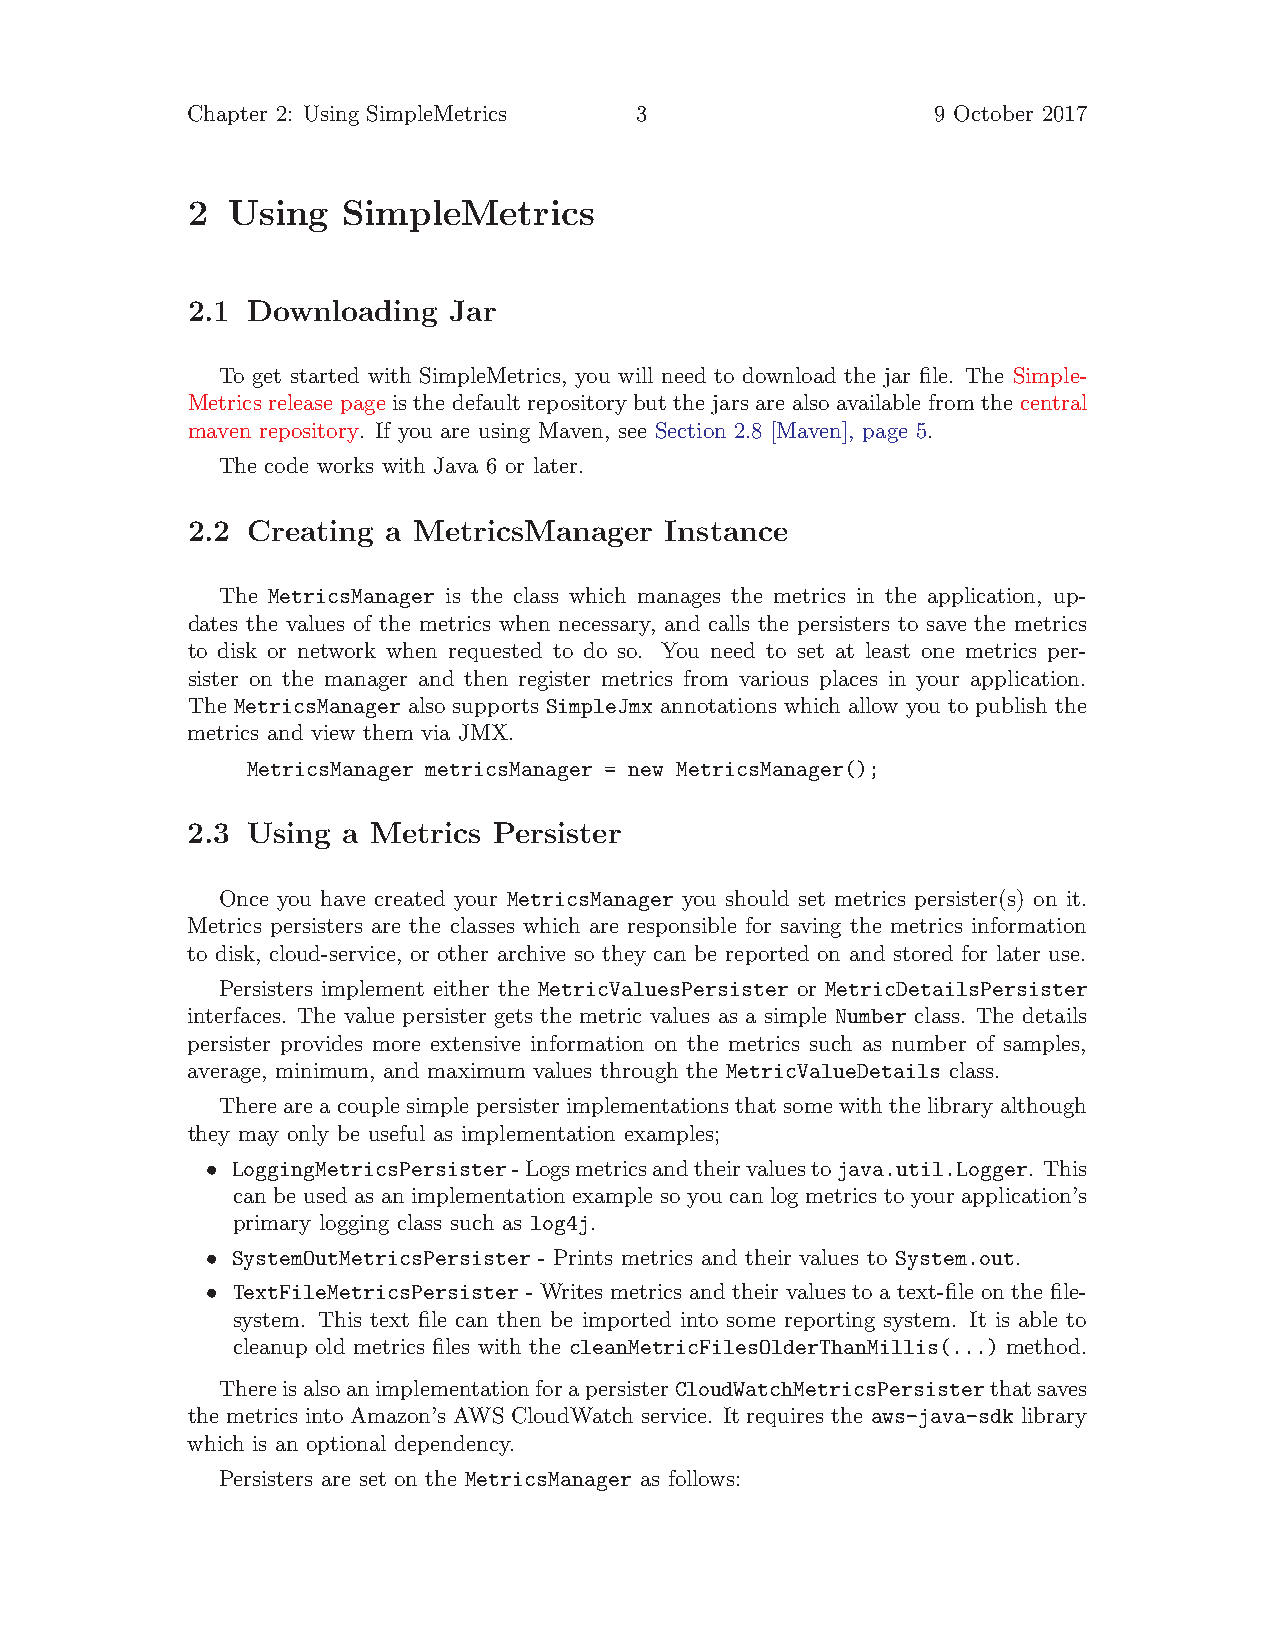
Chapter 2: Using SimpleMetrics 3                  9 October 2017
 2  Using   SimpleMetrics
 2.1 Downloading   Jar
 To get started with SimpleMetrics, you will need to download the jar file. The Simple-
 Metrics release page is the default repository but the jars are also available from the central
 maven repository. If you are using Maven, see Section 2.8 [Maven], page 5.
 The code works with Java 6 or later.
 2.2 Creating  a MetricsManager  Instance
 The MetricsManager is the class which manages the metrics in the application, up-
 dates the values of the metrics when necessary, and calls the persisters to save the metrics
 to disk or network when requested to do so. You need to set at least one metrics per-
 sister on the manager and then register metrics from various places in your application.
 The MetricsManager also supports SimpleJmx annotations which allow you to publish the
 metrics and view them via JMX.
 MetricsManager metricsManager = new MetricsManager();
 2.3 Using  a Metrics Persister
 Once you have created your MetricsManager you should set metrics persister(s) on it.
 Metrics persisters are the classes which are responsible for saving the metrics information
 to disk, cloud-service, or other archive so they can be reported on and stored for later use.
 Persisters implement either the MetricValuesPersister or MetricDetailsPersister
 interfaces. The value persister gets the metric values as a simple Number class. The details
 persister provides more extensive information on the metrics such as number of samples,
 average, minimum, and maximum values through the MetricValueDetails class.
 Thereareacouplesimplepersisterimplementationsthatsomewiththelibraryalthough
 they may only be useful as implementation examples;
 • LoggingMetricsPersister-Logsmetricsandtheirvaluestojava.util.Logger. This
 can be used as an implementation example so you can log metrics to your application’s
 primary logging class such as log4j.
 • SystemOutMetricsPersister - Prints metrics and their values to System.out.
 • TextFileMetricsPersister - Writes metrics and their values to a text-file on the file-
 system. This text file can then be imported into some reporting system. It is able to
 cleanup old metrics files with the cleanMetricFilesOlderThanMillis(...) method.
 ThereisalsoanimplementationforapersisterCloudWatchMetricsPersisterthatsaves
 the metrics into Amazon’s AWS CloudWatch service. It requires the aws-java-sdk library
 which is an optional dependency.
 Persisters are set on the MetricsManager as follows: